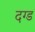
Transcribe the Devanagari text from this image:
दग्ड